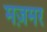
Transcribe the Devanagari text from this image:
मज़मर